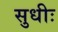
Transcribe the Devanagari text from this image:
सुधीः